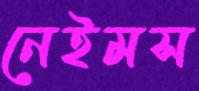
নেইমস